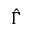
\hat { \Gamma }